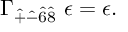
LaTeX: \Gamma _ { \hat { + } \hat { - } \hat { 6 } \hat { 8 } } ~ \epsilon = \epsilon .